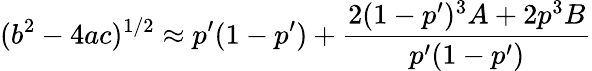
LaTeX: (b^{2}-4ac)^{1/2}\approx p^{\prime}(1-p^{\prime})+\frac{2(1-p^{\prime})^{3}A+2p^{3}B}{p^{\prime}(1-p^{\prime})}